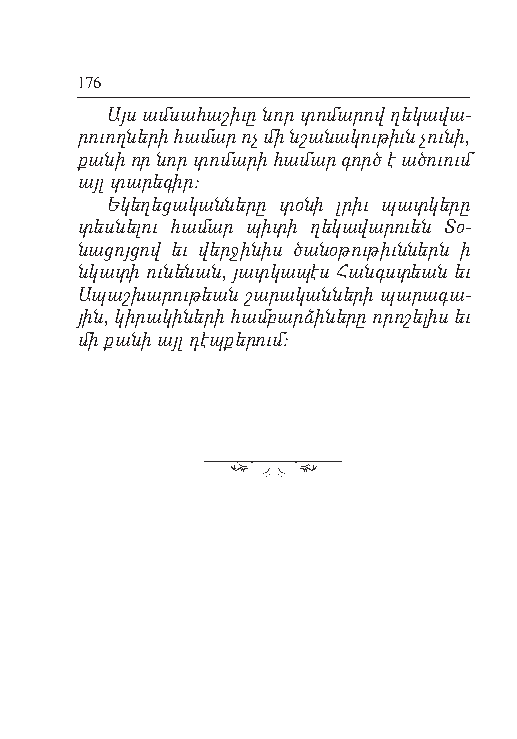
176
 Այս ամ սահ աշ ի ւը նոր տոմ ար ով ղեկ ավա­
 րուողն ե րի համ ար ոչ մի նշան ակ ու թիւն չուն ի,
 քա նի որ նոր տո մա րի հա մար գործ է ա ծուում
 այլ տա րեգ իր:
 Եկ ե ղեց ակ ան ներ ը տօն ի լրիւ պատկ եր ը
 տեսն ե լու համ ար պիտ ի ղեկ ավ ա րուեն Տօ­
 նաց ոյ ցով եւ վեր ջին իս ծան օթ ու թիւնն երն ի
 նկատ ի ուն են ան, յատկ ա պէս Հանգստ եան եւ
 Ապ աշ խար ութ եան շար ա կանն եր ի պար ագ ա­
 յին, կի րակ ին ե րի համ բարձ ին ե րը որ ո շել իս եւ
 մի քա նի այլ դէպ քեր ում: